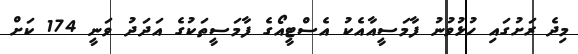
މިދެ ރަށުގައި ހުޅުވުނު ފާމަސީއާއެކު އެސްޓީއޯގެ ފާމަސީތަކުގެ އަދަދު ވަނީ 174 ކަށް